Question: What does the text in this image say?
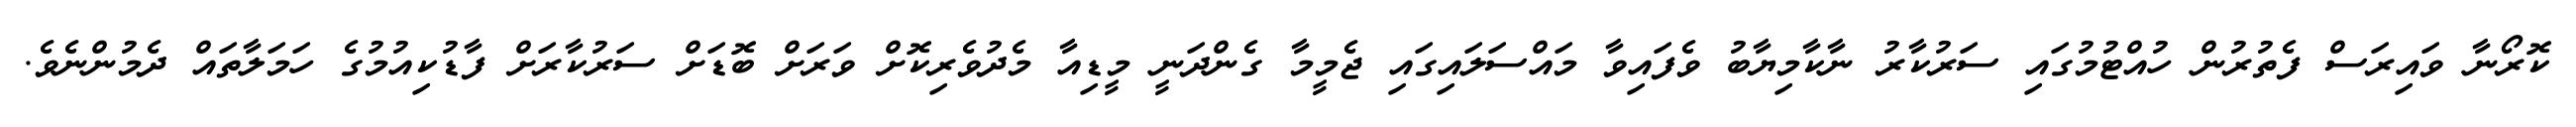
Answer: ކޮރޯނާ ވައިރަސް ފެތުރުން ހުއްޓުމުގައި ސަރުކާރު ނާކާމިޔާބު ވެފައިވާ މައްސަލައިގައި ޖެމީމާ ގެންދަނީ މީޑިއާ މެދުވެރިކޮށް ވަރަށް ބޮޑަށް ސަރުކާރަށް ފާޑުކިއުމުގެ ހަމަލާތައް ދެމުންނެވެ.